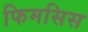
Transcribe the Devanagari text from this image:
फिमसिस